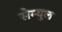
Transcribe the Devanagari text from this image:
सेम्यूल